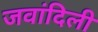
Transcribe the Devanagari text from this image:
जवांदिली